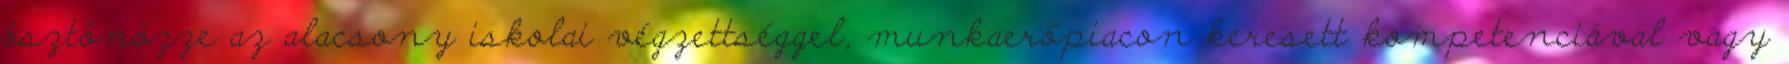
ösztönözze az alacsony iskolai végzettséggel, munkaerőpiacon keresett kompetenciával vagy